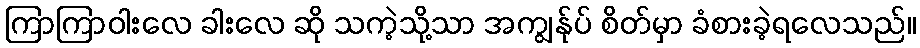
ကြာကြာဝါးလေ ခါးလေ ဆို သကဲ့သို့သာ အကျွန်ုပ် စိတ်မှာ ခံစားခဲ့ရလေသည်။